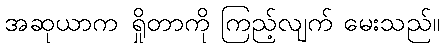
အဆုယာက ရှိုတာကို ကြည့်လျက် မေးသည်။